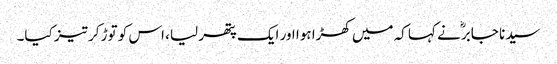
سیدنا جابرؓ نے کہا کہ میں کھڑا ہوا اور ایک پتھر لیا، اس کو توڑ کر تیز کیا۔